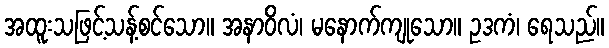
အထူးသဖြင့်သန့်စင်သော။ အနာဝိလံ၊ မနောက်ကျုသော။ ဥဒကံ၊ ရေသည်။